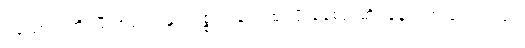
ဖယောင်းတိုင်မီးအလင်းနှင့် ပစ္စည်းတွေထုပ်ပိုးနေစဉ် ဆိုင်နောင့်က ပြောသည်။